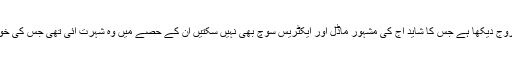
انجمن نے سینما کی سکرین پر وہ عروج دیکھا ہے جس کا شاید آج کی مشہور ماڈل اور ایکٹریس سوچ بھی نہیں سکتیں ان کے حصے میں وہ شہرت آئی تھی جس کی خواہش ہر ایکٹر خوابوں میں کرتی ہے۔